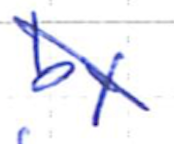
Text: by
Cross-out: mix
Writing tool: ballpoint